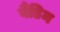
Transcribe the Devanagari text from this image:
वैडिम